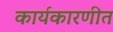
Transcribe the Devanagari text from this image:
कार्यकारणीत